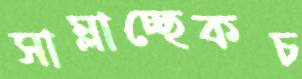
সাম্‌লাচ্ছেকচ